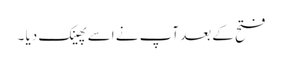
فتح کے بعد آپ نے اسے پھینک دیا ۔